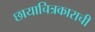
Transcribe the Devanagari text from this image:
छायाचित्रकाराची